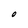
Character: O